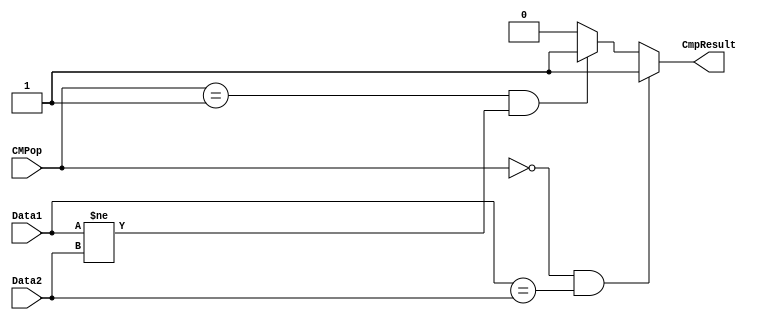
`timescale 1ns / 1ps
`define BEQ_cmp 3'b000
`define BNE_cmp 3'b001

module D_CMP(
    input [31:0] Data1,
    input [31:0] Data2,
    input [2:0] CMPop,
    output CmpResult
);
    assign CmpResult = (CMPop == `BEQ_cmp && Data1 == Data2) ? 1'b1 :
                       (CMPop == `BNE_cmp && Data1 != Data2) ? 1'b1 :
                       1'b0;
endmodule //CMP